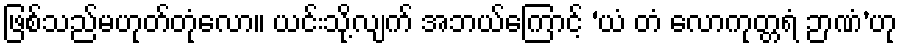
ဖြစ်သည်မဟုတ်တုံလော။ ယင်းသို့လျက် အဘယ်ကြောင့် ‘ယံ တံ လောကုတ္တရံ ဉာဏံ’ဟု